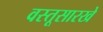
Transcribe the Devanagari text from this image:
वस्तूसारखे